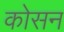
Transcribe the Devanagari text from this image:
कोसन